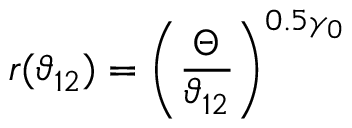
r ( \vartheta _ { 1 2 } ) = \left( \frac { \Theta } { \vartheta _ { 1 2 } } \right) ^ { 0 . 5 \gamma _ { 0 } }